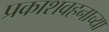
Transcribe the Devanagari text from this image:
प्रकाशवहनाच्या